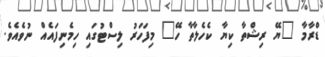
ޑްރާމާ "ޔޭ ރިޝްތާ ކިޔާ ކެހެލާތާ ހޭ" މިފަހަރު ލިސްޓުގައި ހިމެނިފައެއް ނުވެއެވެ.